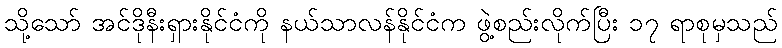
သို့သော် အင်ဒိုနီးရှားနိုင်ငံကို နယ်သာလန်နိုင်ငံက ဖွဲ့စည်းလိုက်ပြီး ၁၇ ရာစုမှသည်